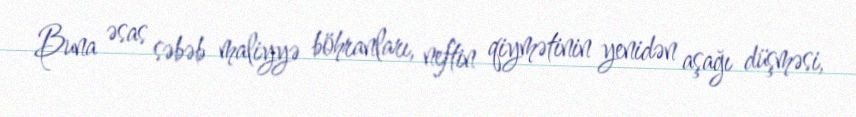
Buna əsas səbəb maliyyə böhranları, neftin qiymətinin yenidən aşağı düşməsi,